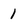
Character: 1